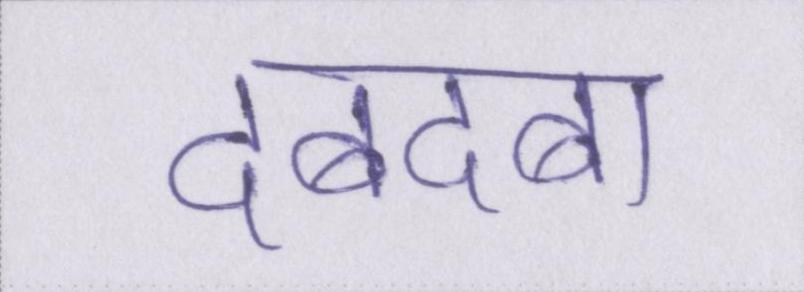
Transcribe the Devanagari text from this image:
दबदबा